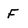
Character: F